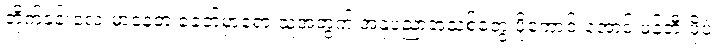
တိုက်ခန်းလေးမှာနေတဲ့ ခေတ်မှာရော သူ့အတွက် အနုပညာအသစ်တွေ ပိုကောင်းအောင် ဖန်တီးဖို့ပဲ